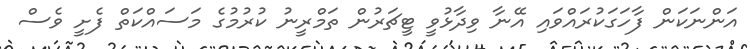
އަންނަކަން ފާހަގަކުރައްވައި އޭނާ ވިދާޅުވީ ޓީޗަރުން ތަމްރީނު ކުރުމުގެ މަސައްކަތް ފެށީ ވެސް